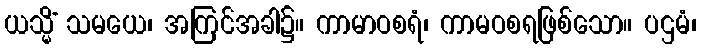
ယသ္မိံ သမယေ၊ အကြင်အခါ၌။ ကာမာဝစရံ၊ ကာမဝစရဖြစ်သော။ ပဌမံ၊